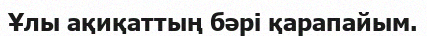
Ұлы ақиқаттың бәрі қарапайым.